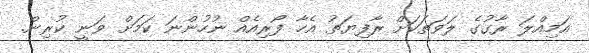
އަމިއްލަ ރާގުގެ ލަވަތަކަށް ރާފިޔަތު އެހާ ފޯރިއެއް ނުހުންނަ ކަމަށް ވަނީ ކުރިން.